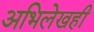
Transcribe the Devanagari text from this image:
अभिलेखही